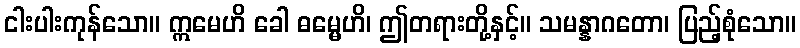
ငါးပါးကုန်သော။ ဣမေဟိ ခေါ ဓမ္မေဟိ၊ ဤတရားတို့နှင့်။ သမန္နာဂတော၊ ပြည့်စုံသော။